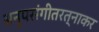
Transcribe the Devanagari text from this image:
अनूपसंगीतरत्नाकर